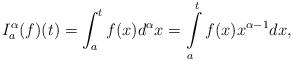
LaTeX: \begin{align*}I_{a}^{\alpha}(f)(t)=\int_{a}^{t}f(x)d^{\alpha}x=\intop_{a}^{t}f(x)x^{\alpha-1}dx,\end{align*}